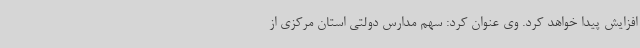
افزایش پیدا خواهد کرد. وی عنوان کرد: سهم مدارس دولتی استان مرکزی از